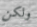
ولكن